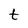
Character: t